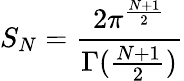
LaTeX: S_{N}=\frac{2\pi^{\frac{N+1}{2}}}{\Gamma(\frac{N+1}{2})}